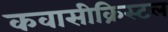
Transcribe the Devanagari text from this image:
कवासीक्रिस्टल